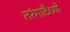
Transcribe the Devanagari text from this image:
तरंगादैर्ध्यों